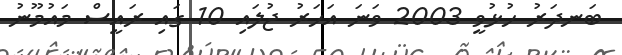
ބަނދަރު ހުޅުވީ 2003 ވަނަ އަހަރު ޖުލައި 10 ގައި ރައީސް މައުމޫނު